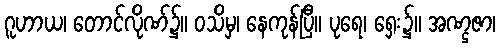
ဂူဟာယ၊ တောင်လိုဏ်၌။ ဝသိမှ၊ နေကုန်ပြီ။ ပုရေ၊ ရှေး၌။ အဏ္ဌဇာ၊